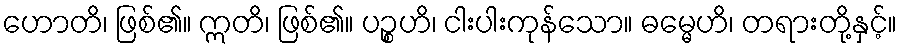
ဟောတိ၊ ဖြစ်၏။ ဣတိ၊ ဖြစ်၏။ ပဉ္စဟိ၊ ငါးပါးကုန်သော။ ဓမ္မေဟိ၊ တရားတို့နှင့်။